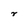
Character: r